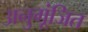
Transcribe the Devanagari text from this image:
अनुगूंजित